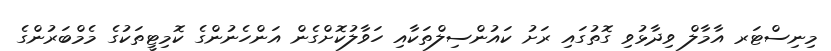
މިނިސްޓަރ އާމާލް ވިދާޅުވި ގޮތުގައި ރަށު ކައުންސިލްތަކާއި ހަވާލުކޮށްގެން އަންހެނުންގެ ކޮމިޓީތަކުގެ މެމްބަރުންގެ